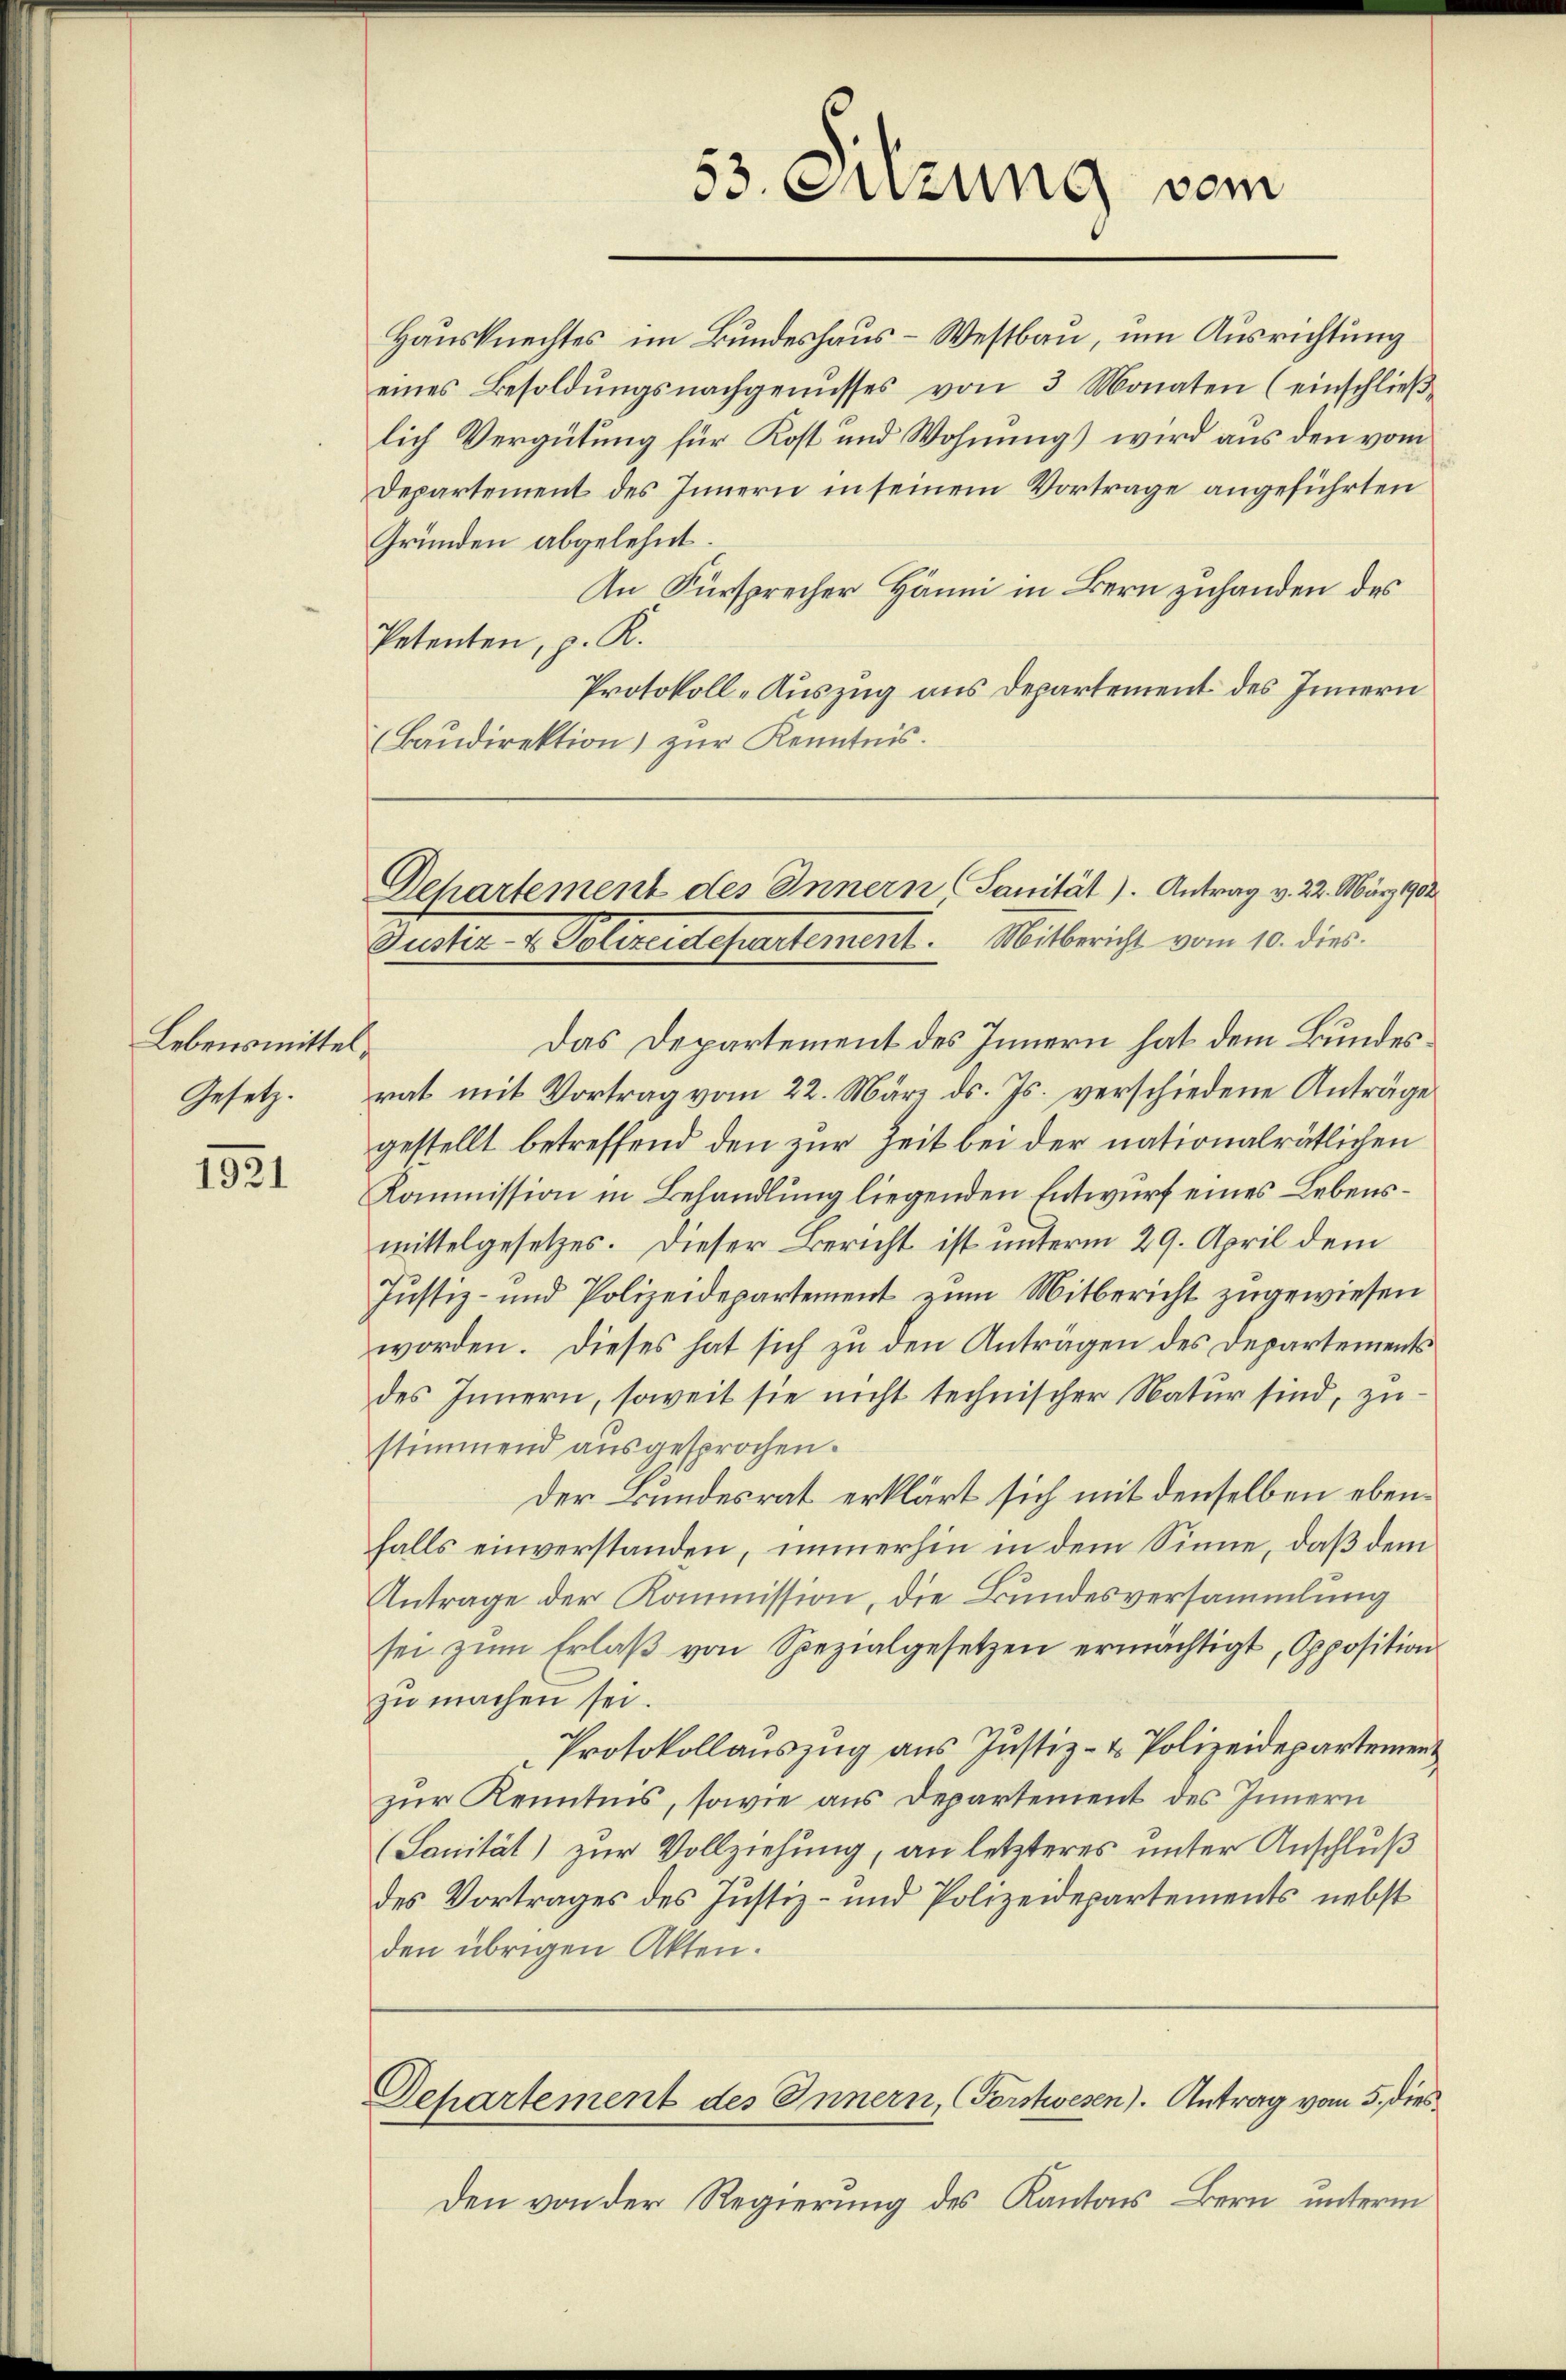
Lebensmittel,
Gesetz.

1921

Hausknechtes im Bundeshaus-Westbau, um Ausrichtung
eines Besoldŭngsnachgenusses von 3 Monaten (einschlieβ
lich Vergütung für Kost und Wohnungs wird aus den vom
Departement des Innern in seinem Vortrage angeführten
Gründen abgelehnt.
An Fürsprecher Hänni in Bern zuhanden des
Petenten, z. R.
Protokoll-Auszug aus Departement des Innern
(Baudirektion zur Kenntnis.

53. Suzung vom

Departement des Innern, Sanität). Antrag v. 22. März 1902
Pacter v. Polizeidepartement. Mitbericht vom 10. dies

Das Departement des Innern hat dem Bundesrat mit Vortrag vom 22. März ds. Js. verschiedene Anträge
gestellt betreffend den zur Zeit bei der nationalrätlichen
Kommission in Behandlung liegenden Entwurf eines Lebensmittelgesetzes. Dieser Bericht ist unterm 29. April dem
Justiz- und Polizeidepartement zum Mitbericht zugewiesen
worden. Dieses hat sich zu den Antragen des Departements
des Innern, soweit sie nicht technischer Natur sind, zustimmend ausgesprochen.
Der Bundesrat erklärt sich mit denselben ebenfalls einverstanden, immerhin in dem Sinne, daß dem
Antrage der Kommission, die Bundesversammlung
sei zŭm Erlaβ von Spezialgesetzen ermächtigt, Opposition
zu machen sei.
Protokollauszug aus Justiz- & Polizeidepartement
zur Kenntnis, sowie aus Departement des Innern
(Sanität) zur Vollziehung, an letzteres unter Anschluß
des Vortrages des Justiz- und Polizeidepartements nebst
den übrigen Akten.

Dehartement des Innern, (Forstwesen). Antrag vom 5. dies

Den von der Regierung des Kantons Bern unterm